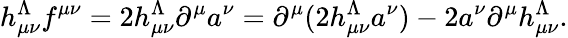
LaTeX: h_{\mu\nu}^{\Lambda}f{}^{\mu\nu}=2h_{\mu\nu}^{\Lambda}\partial^{\mu}a^{\nu}=\partial^{\mu}(2h_{\mu\nu}^{\Lambda}a^{\nu})-2a^{\nu}\partial^{\mu}h_{\mu\nu}^{\Lambda}.